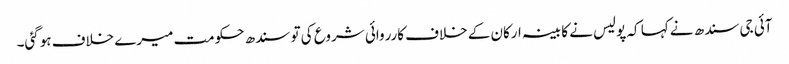
آئی جی سندھ نے کہا کہ پولیس نے کابینہ ارکان کے خلاف کارروائی شروع کی تو سندھ حکومت میرے خلاف ہوگئی۔